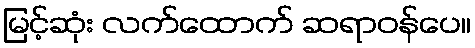
မြင့်ဆုံး လက်ထောက် ဆရာဝန်ပေ။